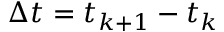
\Delta t = t _ { k + 1 } - t _ { k }